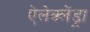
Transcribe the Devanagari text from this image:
ऐलेक्लेंड्रा